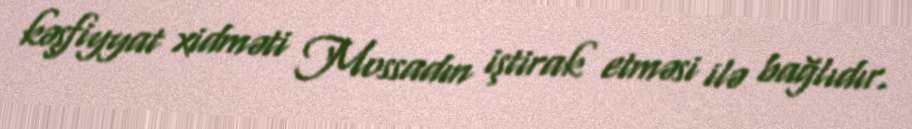
kəşfiyyat xidməti Mossadın iştirak etməsi ilə bağlıdır.